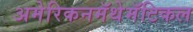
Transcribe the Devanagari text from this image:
अमेरिकनमॅथेमॅटिकल